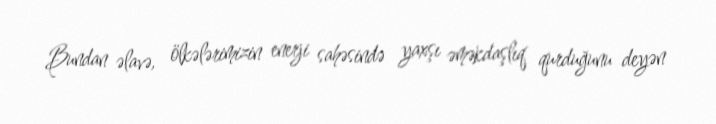
Bundan əlavə, ölkələrimizin enerji sahəsində yaxşı əməkdaşlıq qurduğunu deyən